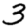
Digit: 3